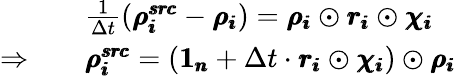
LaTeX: \begin{array}{rl}&{\frac{1}{\Delta t}(\pmb{\rho_{i}^{src}}-\pmb{\rho_{i}})=\pmb{\rho_{i}}\odot\pmb{r_{i}}\odot\pmb{\chi_{i}}}\\ {\Rightarrow\quad}&{\pmb{\rho_{i}^{src}}=(\pmb{1_{n}}+\Delta t\cdot\pmb{r_{i}}\odot\pmb{\chi_{i}})\odot\pmb{\rho_{i}}}\end{array}